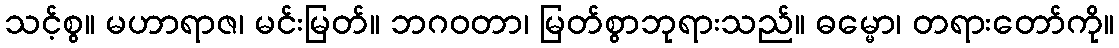
သင့်စွ။ မဟာရာဇ၊ မင်းမြတ်။ ဘဂဝတာ၊ မြတ်စွာဘုရားသည်။ ဓမ္မော၊ တရားတော်ကို။